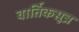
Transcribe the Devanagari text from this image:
वार्तिकसूत्र